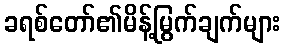
ခရစ်တော်၏မိန့်မြွက်ချက်များ